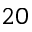
2 0